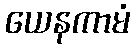
ယေနကာမံ